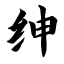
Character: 绅